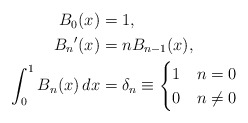
\begin{align*} \begin{aligned} B_0(x) &= 1,\\ {B_n}'(x) &= n B_{n - 1}(x),\\ \int_0^1 B_n(x)\,dx &= \delta_n \equiv \begin{cases} 1 & n = 0\\ 0 & n \ne 0 \end{cases} \end{aligned} \end{align*}